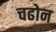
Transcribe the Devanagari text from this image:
चढोन